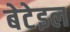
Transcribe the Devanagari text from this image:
बेटेइल